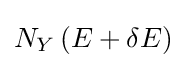
N_{Y}\left(E+\delta E\right)